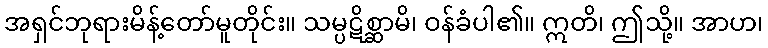
အရှင်ဘုရားမိန့်တော်မူတိုင်း။ သမ္ပဋိစ္ဆာမိ၊ ဝန်ခံပါ၏။ ဣတိ၊ ဤသို့။ အာဟ၊